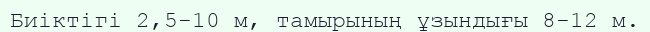
Биіктігі 2,5-10 м, тамырының ұзындығы 8-12 м.